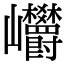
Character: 㠨